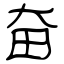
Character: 奋